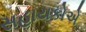
સહાયકોએ